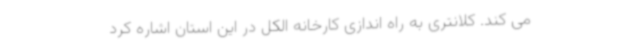
می کند. کلانتری به راه اندازی کارخانه الکل در این استان اشاره کرد